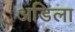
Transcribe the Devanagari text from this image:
अडिला